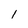
Character: 1